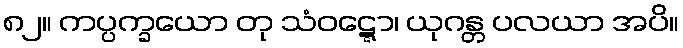
၈၂။ ကပ္ပက္ခယော တု သံဝဋ္ဋော၊ ယုဂန္တ ပလယာ အပိ။